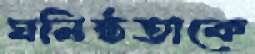
ঘনিষ্ঠতাকে